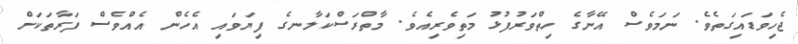
ޖެހިވަޑައިގަތެވެ. ނަމަވެސް އޭނާގެ ހިތްވަރުފުޅު މަތިވެރިއެވެ. މާތްރަސްކަލާނގެ ފިޔަވައި އެހެން އެއްވެސް ފަރާތަކަށް